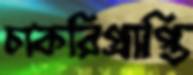
চাকরিপ্রাপ্তি